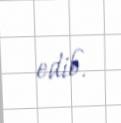
edib.